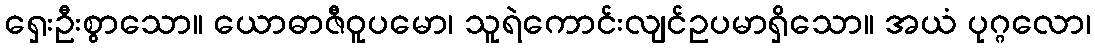
ရှေးဦးစွာသော။ ယောဓာဇီဝူပမော၊ သူရဲကောင်းလျင်ဥပမာရှိသော။ အယံ ပုဂ္ဂလော၊